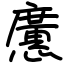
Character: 懬